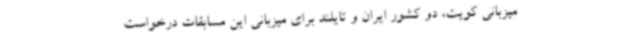
میزبانی کویت، دو کشور ایران و تایلند برای میزبانی این مسابقات درخواست